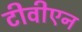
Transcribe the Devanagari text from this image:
टीवीएन